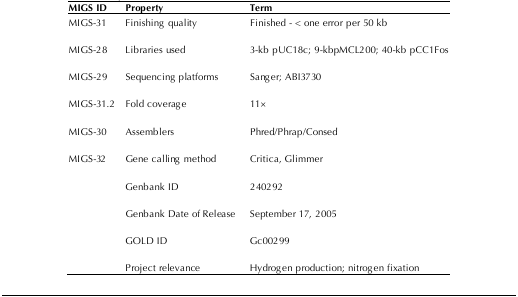
| MIGS ID | Property | Term |
 | --- | --- | --- |
 | MIGS-31 | Finishing quality | Finished - < one error per 50 kb |
 | MIGS-28 | Libraries used | 3-kb pUC18c; 9-kbpMCL200; 40-kb pCC1Fos |
 | MIGS-29 | Sequencing platforms | Sanger; ABI3730 |
 | MIGS-31.2 | Fold coverage | 11× |
 | MIGS-30 | Assemblers | Phred/Phrap/Consed |
 | MIGS-32 | Gene calling method | Critica, Glimmer |
 |  | Genbank ID | 240292 |
 |  | Genbank Date of Release | September 17, 2005 |
 |  | GOLD ID | Gc00299 |
 |  | Project relevance | Hydrogen production; nitrogen fixation |